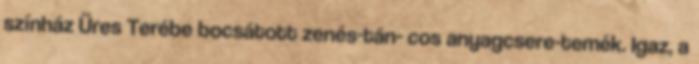
színház Üres Terébe bocsátott zenés-tán- cos anyagcsere-temék. Igaz, a